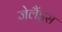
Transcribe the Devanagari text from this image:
जेलैंड्स